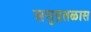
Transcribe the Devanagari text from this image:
समुद्रतळास